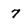
Character: 7